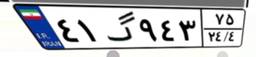
۴۱گ۹۴۳۷۵